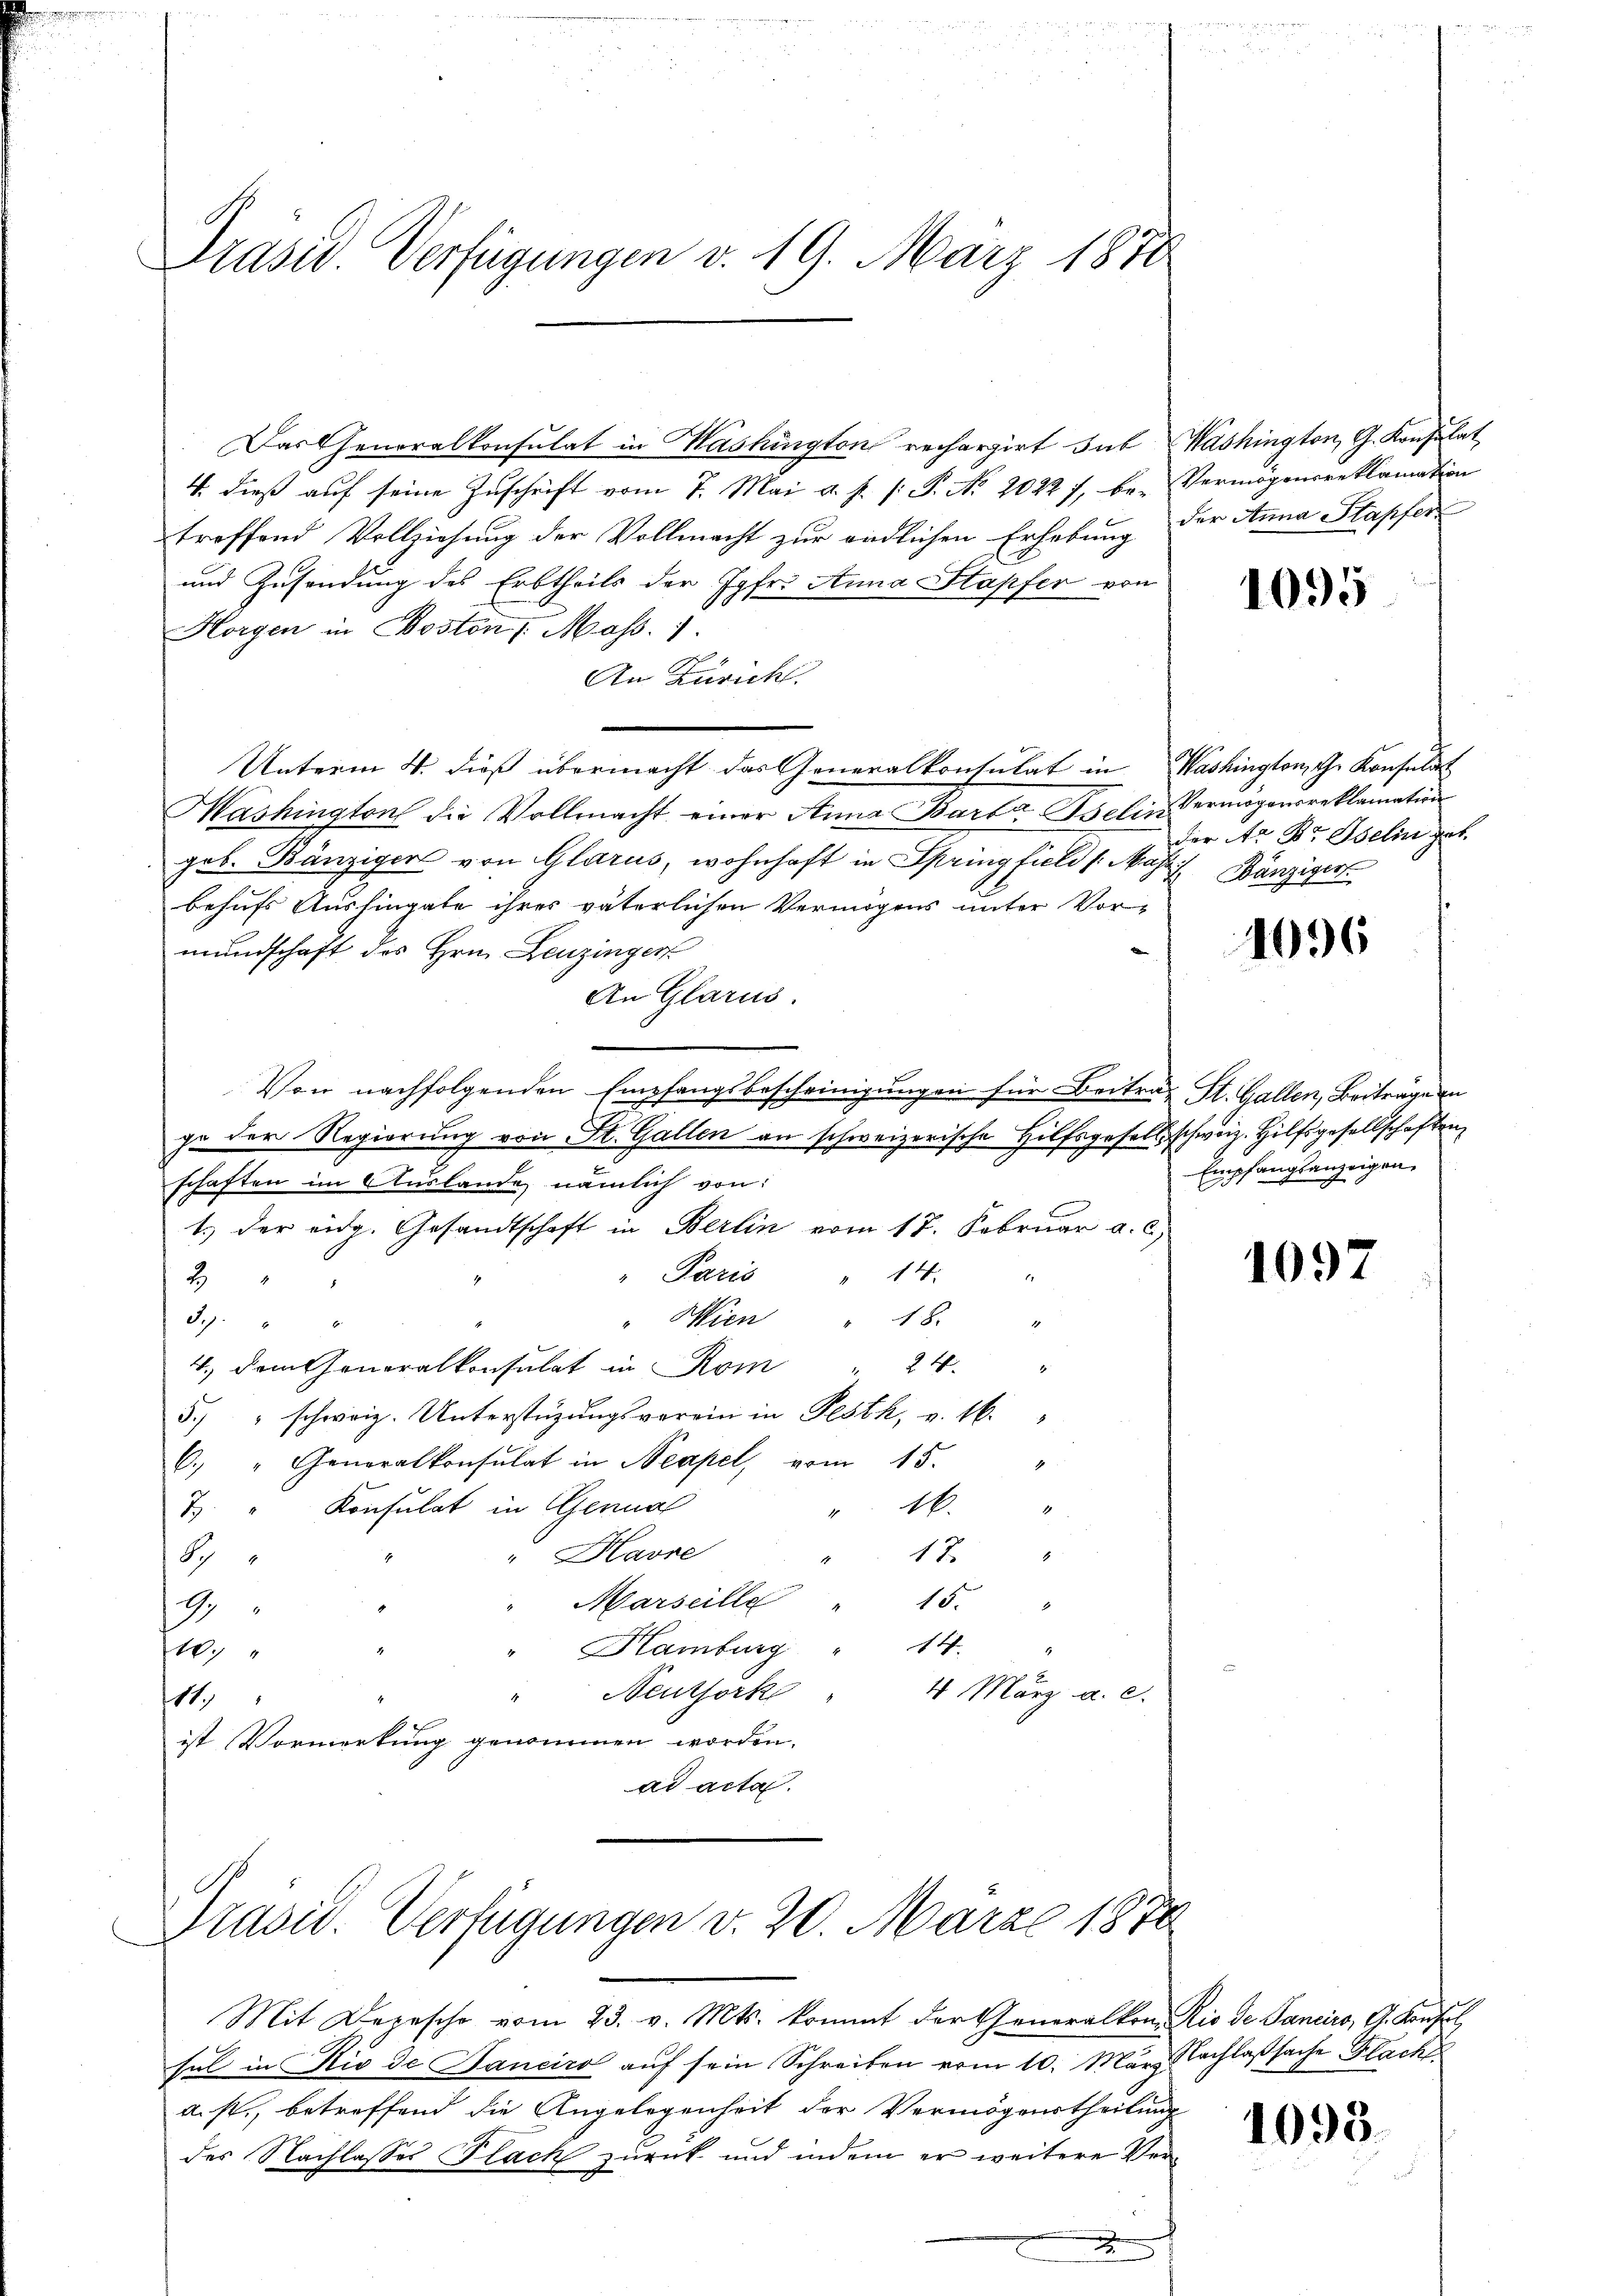
Präsid. Verfügungen v. 19. März 1870

Das Generalkonsulat in Washington rechargirt sub Washington, G. Konsulat
4. dieß auf seine Zuschrift vom 7. Mai d. J. (: P. No. 20227, be- Vermögensreklamation
treffend Vollziehung der Vollmacht zur endlichen Erhebung der Anna Stapfer
und Zusendung des Erbtheils der Jgfr. Anna Stapfer von
d
Horgen in Boston Mass.
An Zürich.
Unterm 4. dieß übermacht das Generalkonsulat in Washington, che Konsulat
Mashington die Vollmacht einer Anna Barba Iselin, Vermögensreklamation
geb. Bänziger von Glarus, wohnhaft in Springfield (Maszi Bänziger
behufs Aushingate ihres väterlichen Vermögens unter Vor-
mundschaft des Hrn. Leuzinger
An Glarus.
Von nachfolgenden Empfangsbescheinigungen für Beitrag St. Gallen, Beiträge in
ge der Regierung von St. Gallen an schweizerische Hilfsgesellschweiz. Hilfsgesellschaften
schaften im Auslande nämlich von
1.) Der eidg. Gesandtschaft in Berlin vom 17. Februar a. c.)
Paris
 14.
2
" Wien " 18. "
J.J. 42
4. dem Generalkonsulat in Rom " 24. "
5. " schweiz. Unterstüzungsverein in Pesth, v. 16.
6. " Generalkonsulat in Neapel, vom 15.
Konsulat in Genua
46.
1
8
Havre
s
17.
S
Marseille
15.
.
4
Hamburg " 14.
10.
.
4 März a. c.
" Neuthork
11.
ist Vormerkung genommen worden.
ad acta.

Prasis. Verfügungen v. 20. März 1870

Mit Depesche vom 23. v. Mts. kommt der Generalkon Rio de Panciro, G. Konsol
sul in Rio de Janeiro auf sein Schreiben vom 10. März Nachlaßsache Flach
a.st., betreffend die Angelegenheit der Vermögenstheilung
des Nachlasses Plach zurück und indem er weitere Ver¬

1095

der A. Br Iselin gut.

1096

Empfangsanzeigen.

1097

1095.